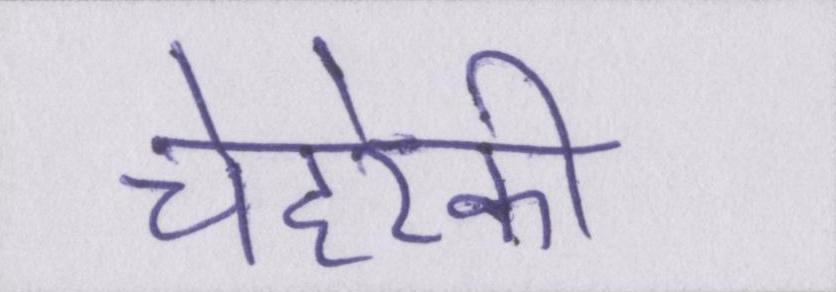
चेहरेकी